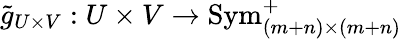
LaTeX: {\widetilde{g}}_{U\times V}:U\times V\to\operatorname{Sym}_{(m+n)\times(m+n)}^{+}